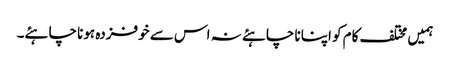
ہمیں مختلف کام کو اپنانا چاہئے نہ اس سے خوفزدہ ہونا چاہئے۔